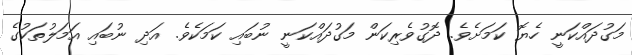
މަގުދައްކަނީ ހެޔޮ ކަމަށެވެ. ދޮގުވެރިކަން މަގުދައްކަނީ ނުބައި ކަމަކެވެ. އަދި ނުބައި އަމަލުތަކުގެ